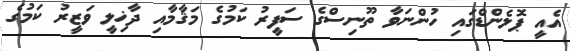
އެއީ ޕޮލެންޑްގައި ހުންނަވާ ތޫނިސްގެ ސަފީރު ކަމުގެ މަޤާމާއި ދާޚިލީ ވަޒީރު ކަމުގެ